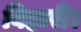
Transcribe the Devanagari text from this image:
बिहारी।